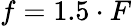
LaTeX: f=1.5\cdot F